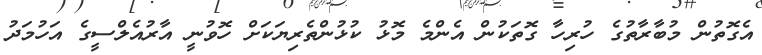
އެގޮތުން މުބާރާތުގެ ހުރިހާ ގޮތަކުން އެންމެ މޮޅު ކުޅުންތެރިޔަކަށް ހޮވުނީ އާރުއެލްސީގެ އަހުމަދު